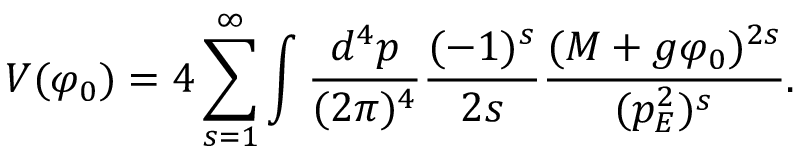
V ( \varphi _ { 0 } ) = 4 \sum _ { s = 1 } ^ { \infty } \int \frac { d ^ { 4 } p } { ( 2 \pi ) ^ { 4 } } \frac { ( - 1 ) ^ { s } } { 2 s } \frac { ( M + g \varphi _ { 0 } ) ^ { 2 s } } { ( p _ { E } ^ { 2 } ) ^ { s } } .